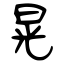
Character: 晃